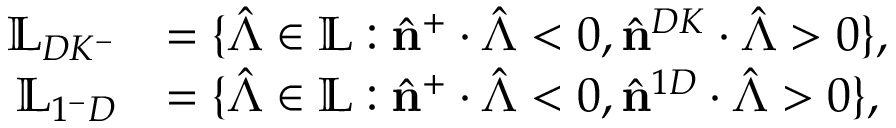
\begin{array} { r l } { \mathbb { L } _ { D K ^ { - } } } & { = \{ \hat { \boldsymbol { \Lambda } } \in \mathbb { L } : \hat { \mathbf { n } } ^ { + } \cdot \hat { \boldsymbol { \Lambda } } < 0 , \hat { \mathbf { n } } ^ { D K } \cdot \hat { \boldsymbol { \Lambda } } > 0 \} , } \\ { \mathbb { L } _ { 1 ^ { - } D } } & { = \{ \hat { \boldsymbol { \Lambda } } \in \mathbb { L } : \hat { \mathbf { n } } ^ { + } \cdot \hat { \boldsymbol { \Lambda } } < 0 , \hat { \mathbf { n } } ^ { 1 D } \cdot \hat { \boldsymbol { \Lambda } } > 0 \} , } \end{array}